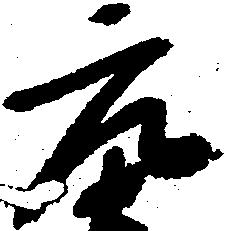
元